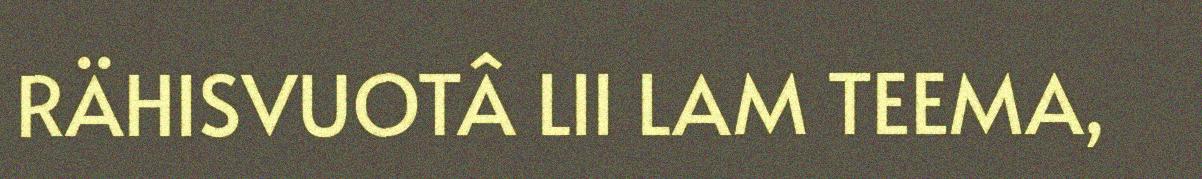
RÄHISVUOTÂ LII LAM TEEMA,